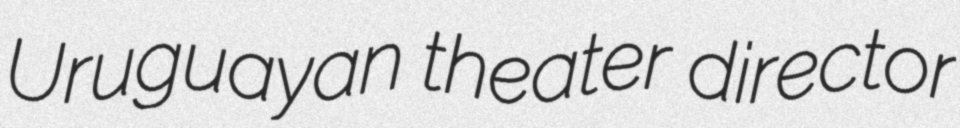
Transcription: Uruguayan theater director